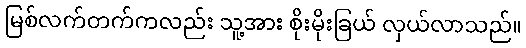
မြစ်လက်တက်ကလည်း သူ့အား စိုးမိုးခြယ် လှယ်လာသည်။